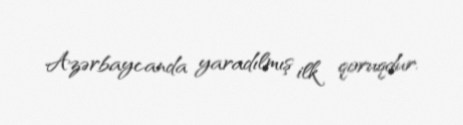
Azərbaycanda yaradılmış ilk qoruqdur.